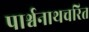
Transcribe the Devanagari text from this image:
पार्श्वनाथचरित